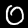
Label: 0